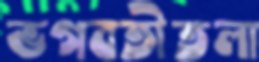
ভগবতীতলা